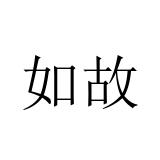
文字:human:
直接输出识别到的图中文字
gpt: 如故